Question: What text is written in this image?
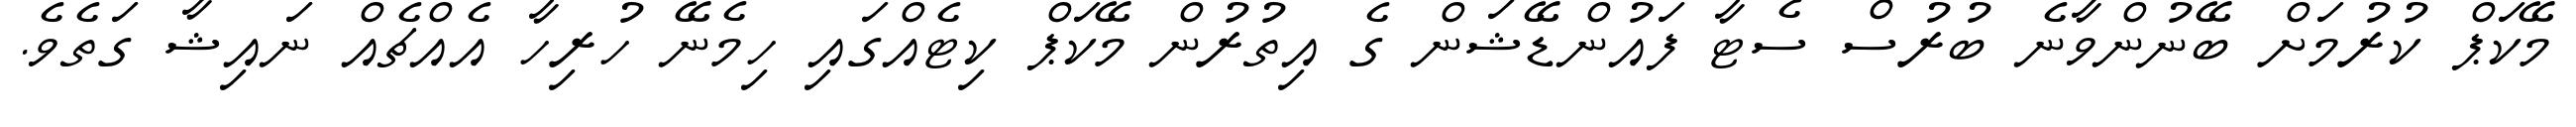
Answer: މޭކަޕް ކުރުމަށް ބޭނުންވާނެ ބުރުސް ސެޓާ ފައުންޑޭޝަން ގެ އިތުރުން މޭކަޕް ކިޓެއްގައި ހިމެނޭ ހުރިހާ އެއްޗެއް ނައިޝާ ގަތެވެ.